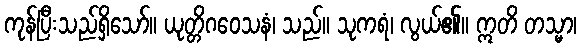
ကုန်ပြီးသည်ရှိသော်။ ယုတ္တိဂဝေသနံ၊ သည်။ သုကရံ၊ လွယ်၏။ ဣတိ တသ္မာ၊